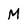
Character: M